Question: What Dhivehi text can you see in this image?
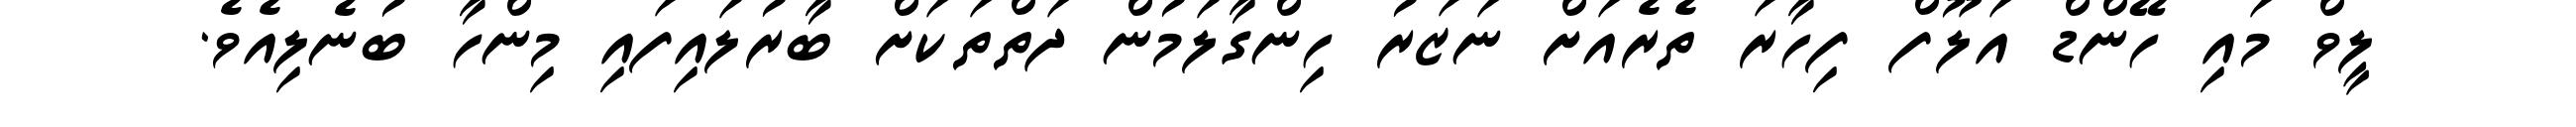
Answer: ލީވް މައި ހޭންޑް އަލޫފް ފިހާރަ ތެރެއަށް ނަޒަރު ހިންގާލަމުން ދަތްތަކަށް ބާރުލައިފައި މިންހާ ބުނެލިއެވެ.